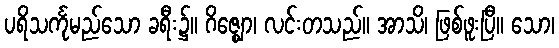
ပရိသင်္ကုမည်သော ခရီး၌။ ဂိဇ္ဈော၊ လင်းတသည်။ အာသိ၊ ဖြစ်ဖူးပြီ။ သော၊